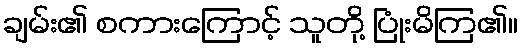
ချမ်း၏ စကားကြောင့် သူတို့ ပြုံးမိကြ၏။